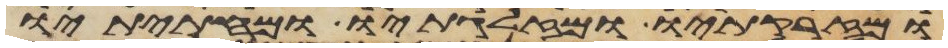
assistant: ומזרקתיו ומזלגתיו ומחתיתיו